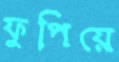
ফুপিয়ে